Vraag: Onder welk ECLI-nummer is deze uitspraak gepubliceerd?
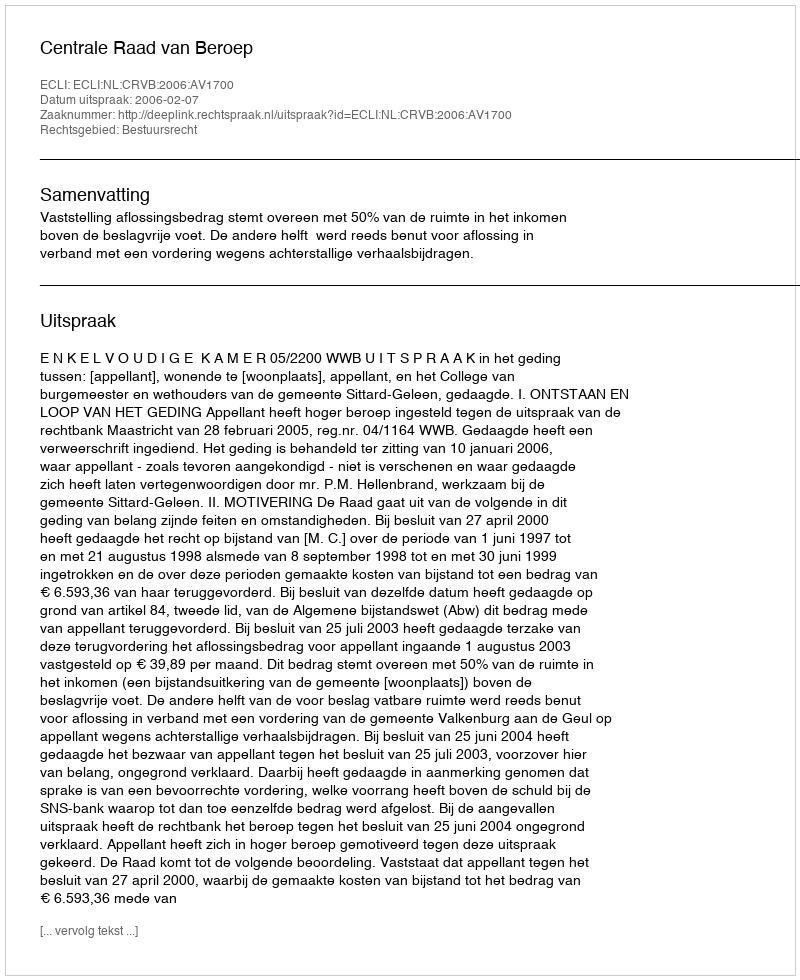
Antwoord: ECLI:NL:CRVB:2006:AV1700